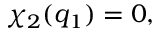
\chi _ { 2 } ( q _ { 1 } ) = 0 ,